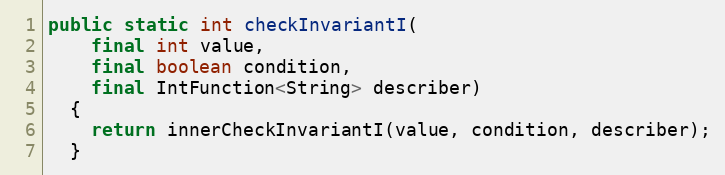
Language: Java
public static int checkInvariantI(
    final int value,
    final boolean condition,
    final IntFunction<String> describer)
  {
    return innerCheckInvariantI(value, condition, describer);
  }